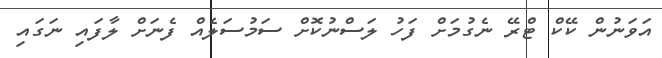
އަވަނުން ކޭކް ޓްރޭ ނެގުމަށް ފަހު ލަސްނުކޮށް ސަމުސަލެއް ފެނަށް ލާފައި ނަގައި